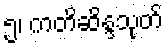
၅၊ ကတိဆိန္ဒသုတ်